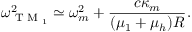
\omega _ { \textrm { T M } _ { 1 } } ^ { 2 } \simeq \omega _ { m } ^ { 2 } + \frac { c \kappa _ { m } } { ( \mu _ { 1 } + \mu _ { h } ) R } .